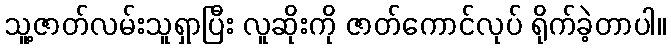
သူ့ဇာတ်လမ်းသူရှာပြီး လူဆိုးကို ဇာတ်ကောင်လုပ် ရိုက်ခဲ့တာပါ။